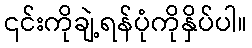
၎င်းကိုချဲ့ရန်ပုံကိုနှိပ်ပါ။